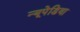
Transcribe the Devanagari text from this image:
न्यूपेडिया